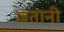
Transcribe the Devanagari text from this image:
जतानी